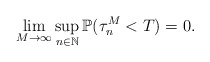
\begin{align*}\lim_{M\rightarrow\infty}\sup_{n\in \mathbb{N}} \mathbb{P}(\tau_{n}^M <T) =0.\end{align*}